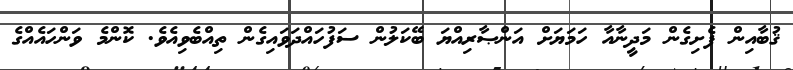
ޤުބާއިން ފެށިގެން މަދީނާއާ ހަމަޔަށް އަންޞާރިއްޔަ ބޭކަލުން ސަފުހައްދަވައިގެން ތިއްބެވިއެވެ. ކޮންމެ ވަންހައެއްގެ